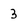
Character: 3